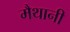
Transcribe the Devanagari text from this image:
मैथानी